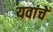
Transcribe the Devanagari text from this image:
यवांचे